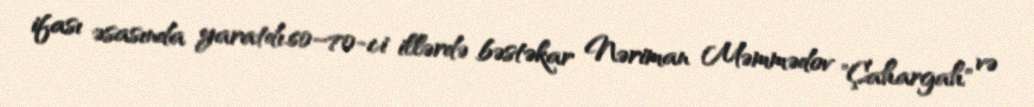
ifası əsasında yaratdı.60–70-ci illərdə bəstəkar Nəriman Məmmədov "Çahargah" və